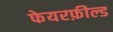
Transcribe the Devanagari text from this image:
फेयरफ़ील्ड